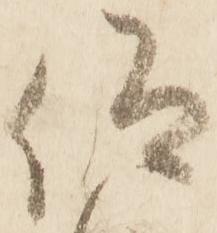
仰